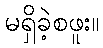
မရှိခဲ့စဖူး။